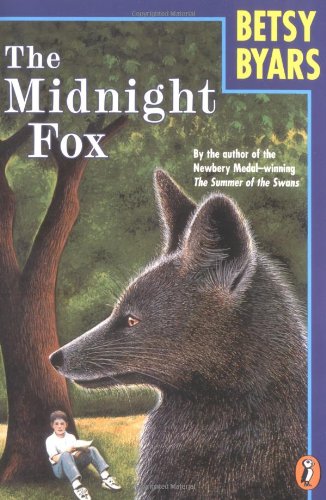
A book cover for The Midnight Fox (Puffin story books); Betsy Byars; Children's Books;